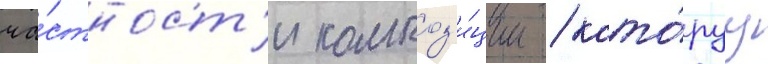
ча́стност'и композ'и́ции / кото́руу